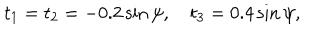
t _ { 1 } = t _ { 2 } = - 0 . 2 \sin \psi , \quad t _ { 3 } = 0 . 4 \sin \psi ,